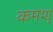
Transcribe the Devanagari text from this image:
कमश्